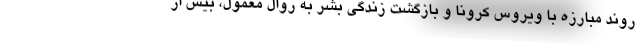
روند مبارزه با ویروس کرونا و بازگشت زندگی بشر به روال معمول، بیش از